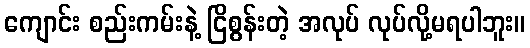
ကျောင်း စည်းကမ်းနဲ့ ငြိစွန်းတဲ့ အလုပ် လုပ်လို့မရပါဘူး။